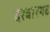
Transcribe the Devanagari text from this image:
दरबारगढ